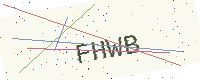
Text: FHWB